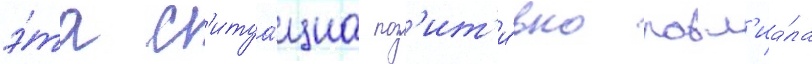
э́та с'итуа́циа поз'ит'и́вно повл'иа́ла